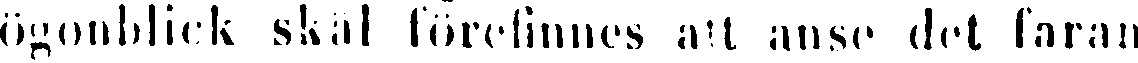
ögonblick skäl förefinnes att anse det faran